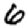
Digit: 6